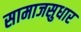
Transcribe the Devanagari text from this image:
सामाजसुधार